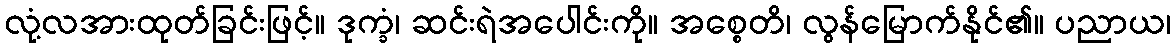
လုံ့လအားထုတ်ခြင်းဖြင့်။ ဒုက္ခံ၊ ဆင်းရဲအပေါင်းကို။ အစ္စေတိ၊ လွန်မြောက်နိုင်၏။ ပညာယ၊